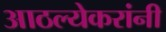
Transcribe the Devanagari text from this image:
आठल्येकरांनी